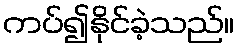
ကပ်၍နိုင်ခဲ့သည်။